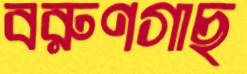
বরুণগাছ